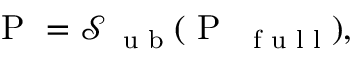
\mathrm { ~ P ~ } = \mathcal S _ { \mathrm { ~ \scriptsize ~ u ~ b ~ } } ( \mathrm { ~ P ~ } _ { \mathrm { ~ \scriptsize ~ f ~ u ~ l ~ l ~ } } ) ,